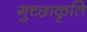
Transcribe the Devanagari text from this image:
गुच्छाकृति